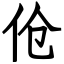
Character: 伧